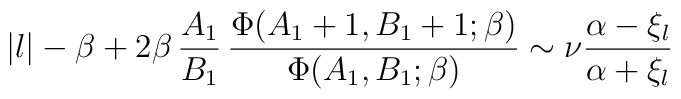
|l|-\beta+2\beta\,{A_1\over B_1}\,{\Phi(A_1+1,B_1+1;\beta)\over\Phi(A_1,B_1;\beta)} \sim \nu{\alpha-\xi_l\over \alpha+\xi_l}